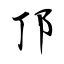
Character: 邒